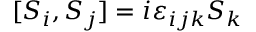
[ S _ { i } , S _ { j } ] = i \varepsilon _ { i j k } S _ { k }